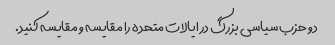
دو حزب سیاسی بزرگ در ایالات متحده را مقایسه و مقایسه کنید.